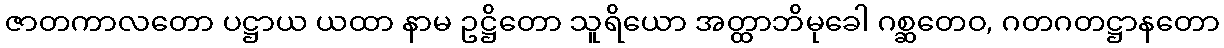
ဇာတကာလတော ပဋ္ဌာယ ယထာ နာမ ဥဋ္ဌိတော သူရိယော အတ္ထာဘိမုခေါ ဂစ္ဆတေဝ, ဂတဂတဋ္ဌာနတော